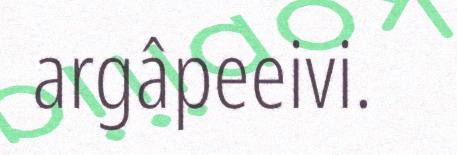
argâpeeivi.